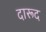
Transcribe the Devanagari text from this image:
दारूद